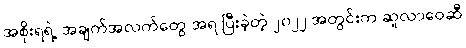
အစိုးရရဲ့ အချက်အလက်တွေ အရ ပြီးခဲ့တဲ့ ၂၀၂၂ အတွင်းက ဆူလာဝေဆီ